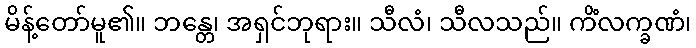
မိန့်တော်မူ၏။ ဘန္တေ၊ အရှင်ဘုရား။ သီလံ၊ သီလသည်။ ကိံလက္ခဏံ၊